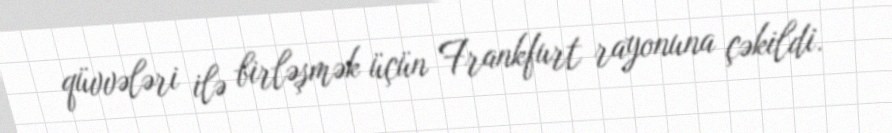
qüvvələri ilə birləşmək üçün Frankfurt rayonuna çəkildi.